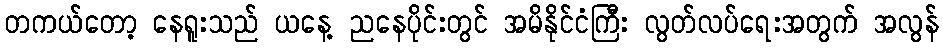
တကယ်တော့ နေရူးသည် ယနေ့ ညနေပိုင်းတွင် အမိနိုင်ငံကြီး လွတ်လပ်ရေးအတွက် အလွန်